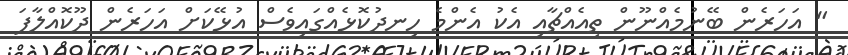
" އަހަރެން ބޭނުމެއްނޫން ތިއެއްޗާއި އެކު އެންމެ ހިނދުކޮޅެއްގައިވެސް އުޅޭކަށް އަހަރެން ދޫކޮއްލާފަ